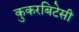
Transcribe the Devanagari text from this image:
कुकरबिटेसी